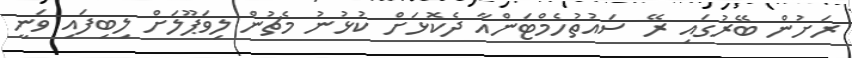
ރަށުން ބޭރުގައި ރޭ ސައުތުހެމްޓަންއާ ދެކޮޅަށް ކުޅުނު މެޗުން ލިވަޕޫލަށް ލިބިފައި ވަނީ